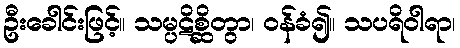
ဦးခေါင်းဖြင့်။ သမ္ပဋိစ္ဆိတွာ၊ ဝန်ခံ၍။ သပရိဝါရာ၊